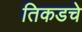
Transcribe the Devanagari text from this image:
तिकडचे